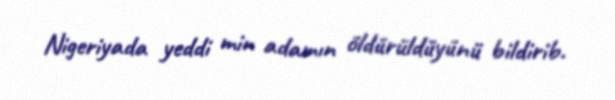
Nigeriyada yeddi min adamın öldürüldüyünü bildirib.